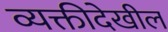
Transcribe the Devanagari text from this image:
व्यक्तीदेखील